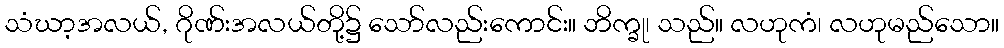
သံဃာ့အလယ်, ဂိုဏ်းအလယ်တို့၌ သော်လည်းကောင်း။ ဘိက္ခု၊ သည်။ လဟုကံ၊ လဟုမည်သော။